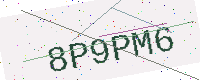
Text: 8P9PM6